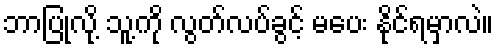
ဘာပြုလို့ သူ့ကို လွတ်လပ်ခွင့် မပေး နိုင်ရမှာလဲ။